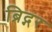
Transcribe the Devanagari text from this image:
ब्रिद्गर